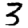
Digit: 3